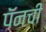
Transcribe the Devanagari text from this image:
पॅनची